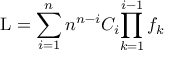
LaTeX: \mathrm { L } = \sum _ { i = 1 } ^ { n } n ^ { n - i } C _ { i } { \prod _ { k = 1 } ^ { i - 1 } f _ { k } }